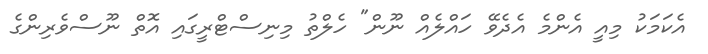
އެކަމަކު މިއީ އެންމެ އެދެވޭ ހައްލެއް ނޫން" ހެލްތު މިނިސްޓްރީގައި އޮތް ނޫސްވެރިންގެ